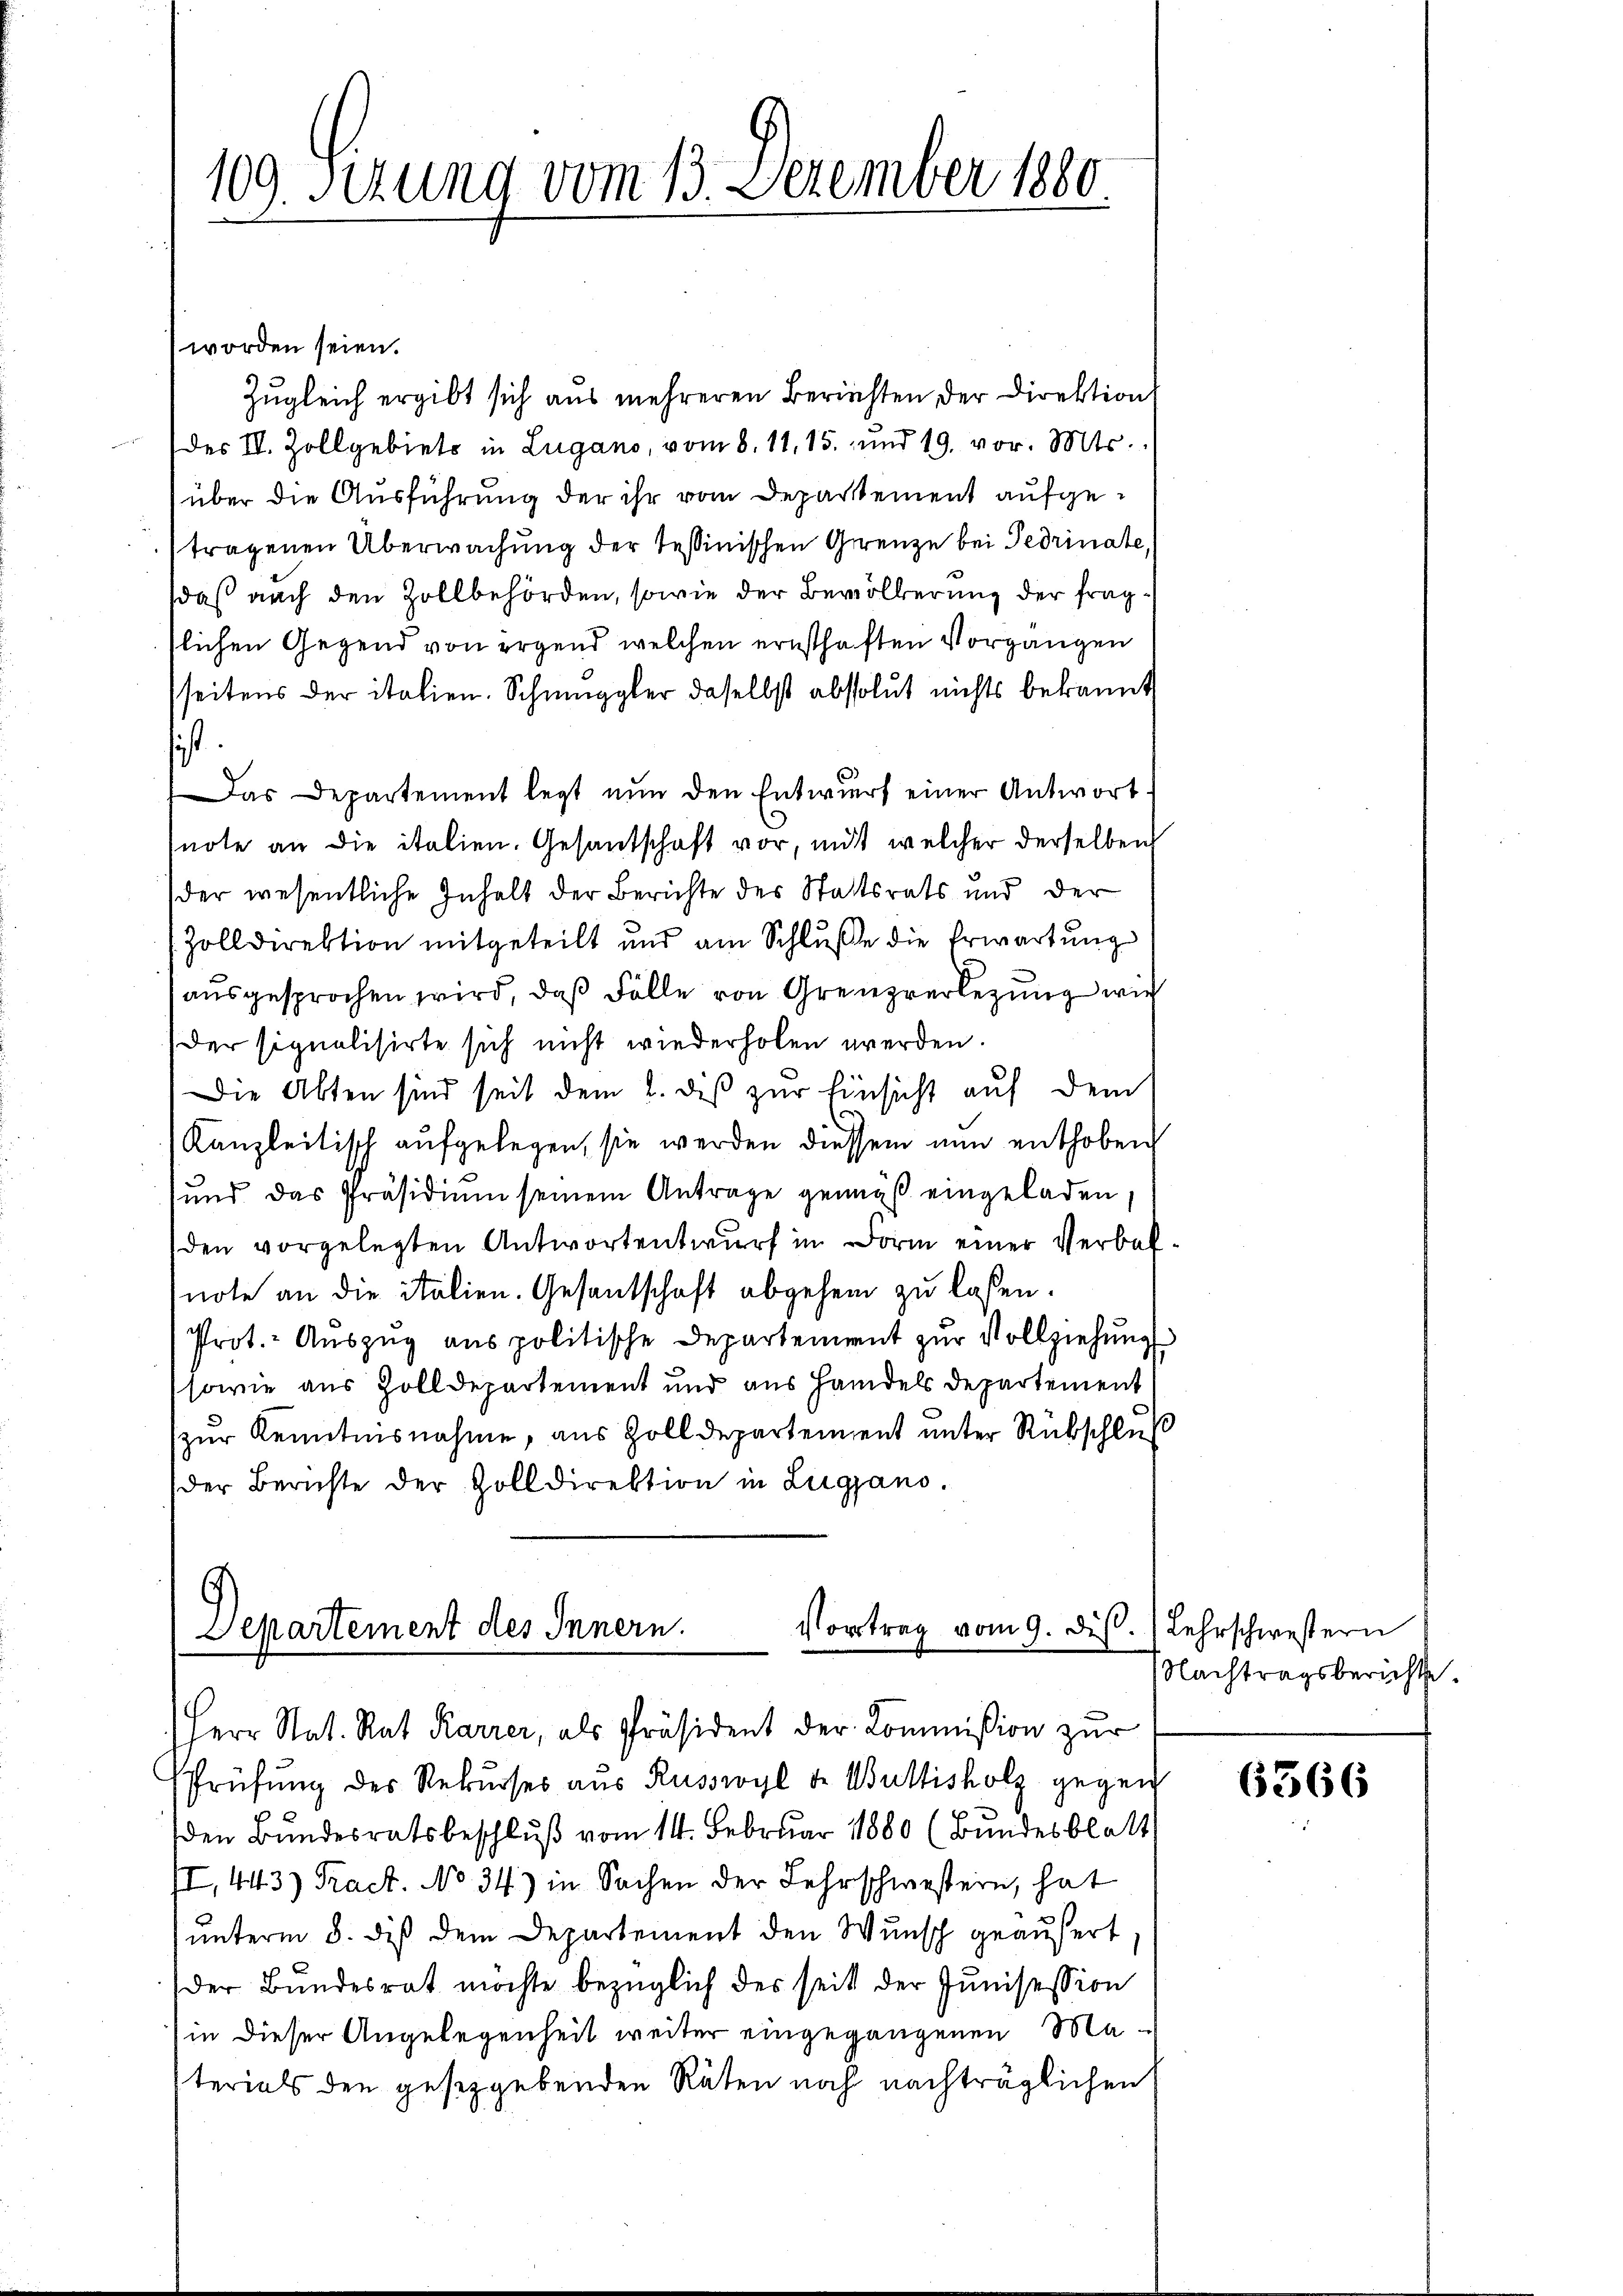
109. Sizung vom 13. Dezember 1880

worden seien.
Zugleich ergibt sich aus mehreren Berichten der Direktion
des III. Zollgebiets in Lugano, vom 8. 11, 15. und 19. vor. Mts.
über die Ausführung der ihr vom Departement aufgetragenen Überwachung der Teßinischen Grenze bei Gedrinate,
daß nach den Zollbehörden, sowie der Bevölkerung der Frag
slichen Gegend von irgend welchen ernsthaften Vorgangen
seitens der italien. Schmuggler daselbst absolut nichts bekannt
sich
Das Departement legt nun den Entwurf einer Antwort.
note an die italien. Gesantschaft vor, mit welcher derselben
der wesentliche Inhalt der Berichte des Stattsrats und der
Zolldirektion mitgeteilt und am Schluße die Erwartung
ausgesprochen wird, daß Fälle von Grenzverlegung wir
der signalisirte sich nicht wiederholen werden.
Die Abten sind seit dem 2. des zur Einsicht auf dem
Kanzleitisch aufgelegen, sie werden diessen nun enthoben
und das Präsidiŭm seinem Antrage genügt eingeladen
den vorgelegten Antwortentwurf in Form einer Verbal
note an die Italien. Gesantschaft abgehen zu laßen.
Prot.- Auszug aus politische Departement zur Vollziehung
sowie aus Zolldepartement und aus Handels Departement
zur Kenntnisnahme, aus Zolldepartement unter Rückschluß
der Berichte der Zolldirektion in Lugano.

.
Vortrag vom 9. dis.
Departement des Innern.
Herr Stat. Rat Karrer, als Präsident der Kommißion zur

Prüfung des Rekurses aus Russwyl de Bultisholz gegen
den Bundesratsbeschluß vom 11. Februar 1880 (Bundesblatt
II, 443) Tract. No 34) in Sachen der Lehrschwestern, hat
unterm 8. diß dem Departement den Wunsch geäußert,
der Bundesrat möchte bezüglich der seit der Junisession
in dieser Angelegenheit weiter eingegangenen Materials den gesetzgebenden Räten noch nachträglichen

Lehrschwestern
Nachtragsberichte.

6366